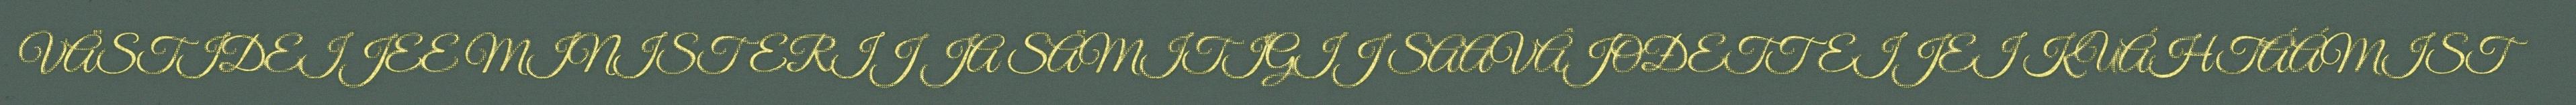
VÄSTIDEIJEE MINISTERIJ JA SÄMITIGIJ SAAVÂJOĐETTEIJEI KUÁHTÁÁMIST